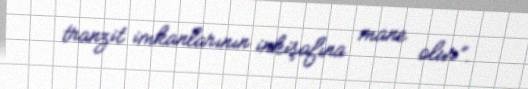
tranzit imkanlarının inkişafına mane olur”.